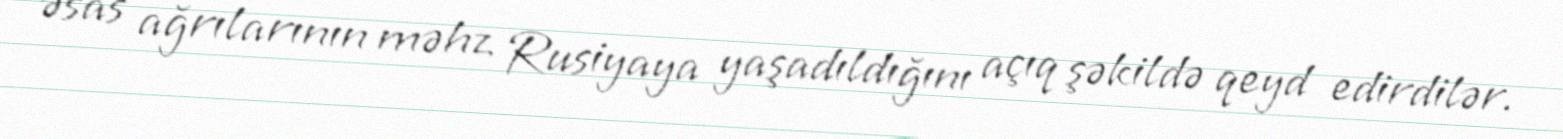
əsas ağrılarının məhz Rusiyaya yaşadıldığını açıq şəkildə qeyd edirdilər.